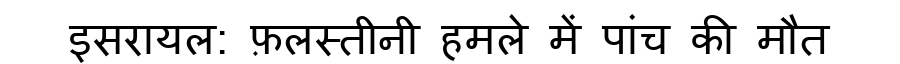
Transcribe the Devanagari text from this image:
इसरायल: फ़लस्तीनी हमले में पांच की मौत